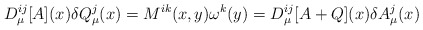
\begin{align*}D_{\mu}^{ij}[A](x)\delta Q_{\mu}^j(x)=M^{ik}(x,y)\omega ^k(y)=D_{\mu}^{ij}[A+Q](x)\delta A_{\mu}^j(x)\end{align*}